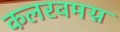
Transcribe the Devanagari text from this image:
कलरवमग्न